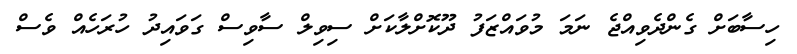
ހިސާބަށް ގެންދެވިއްޖެ ނަމަ މުވައްޒަފު ދޫކޮށްލާކަށް ސިވިލް ސާވިސް ގަވައިދު ހުރަހެއް ވެސް